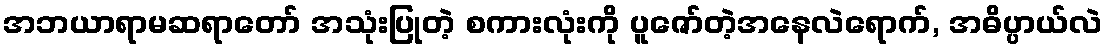
အဘယာရာမဆရာတော် အသုံးပြုတဲ့ စကားလုံးကို ပူဇော်တဲ့အနေလဲရောက်, အဓိပ္ပာယ်လဲ